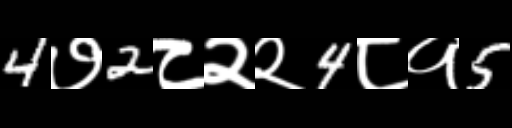
Text: 4७2८२२4८१5